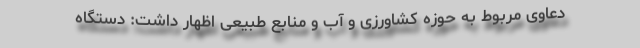
دعاوی مربوط به حوزه کشاورزی و آب و منابع طبیعی اظهار داشت: دستگاه